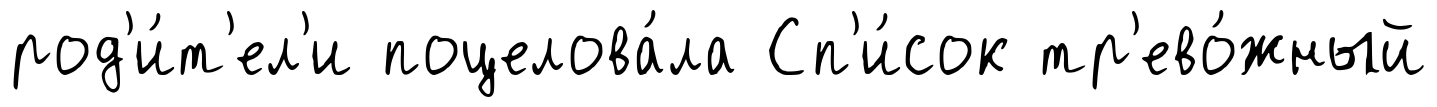
род'и́т'ел'и поцелова́ла Сп'и́сок тр'ево́жный